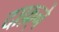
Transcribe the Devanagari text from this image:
दाफ़्ने